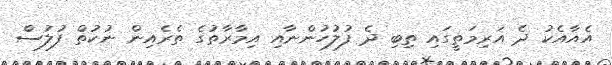
އެއާއެކު ދެ އަރިމަތީގައި ތިބި ދެ ފުލުހުންނާއި އިމާރާތުގެ ތެރެއިން ނުކުތް ފުލުސް